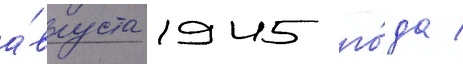
а́вгуста 1945 го́да /